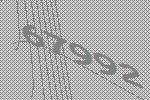
67992